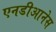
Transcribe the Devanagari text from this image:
एनडीआनेस